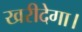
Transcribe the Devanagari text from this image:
खरीदेगा।